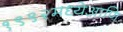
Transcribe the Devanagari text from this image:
१९९२मध्येआणि